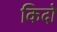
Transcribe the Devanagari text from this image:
किदो